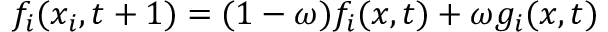
f _ { i } ( x _ { i } , t + 1 ) = ( 1 - \omega ) f _ { i } ( x , t ) + \omega g _ { i } ( x , t )